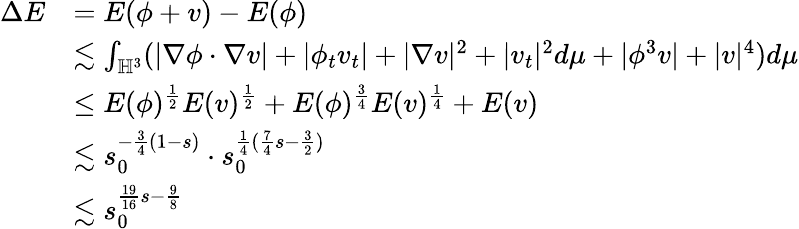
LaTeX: \begin{array}{rl}{\Delta E}&{=E(\phi+v)-E(\phi)}\\ &{\lesssim\int_{\mathbb{H}^{3}}(|\nabla\phi\cdot\nabla v|+|\phi_{t}v_{t}|+|\nabla v|^{2}+|v_{t}|^{2}d\mu+|\phi^{3}v|+|v|^{4})d\mu}\\ &{\leq E(\phi)^{\frac{1}{2}}E(v)^{\frac{1}{2}}+E(\phi)^{\frac{3}{4}}E(v)^{\frac{1}{4}}+E(v)}\\ &{\lesssim s_{0}^{-\frac{3}{4}(1-s)}\cdot s_{0}^{\frac{1}{4}(\frac{7}{4}s-\frac{3}{2})}}\\ &{\lesssim s_{0}^{\frac{19}{16}s-\frac{9}{8}}}\end{array}